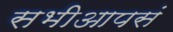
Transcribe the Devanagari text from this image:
सभीआपसं